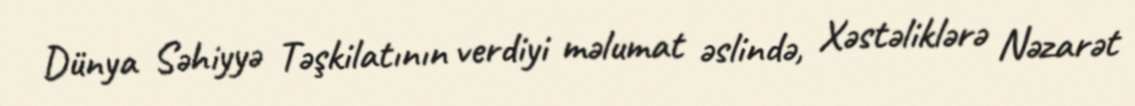
Dünya Səhiyyə Təşkilatının verdiyi məlumat əslində, Xəstəliklərə Nəzarət